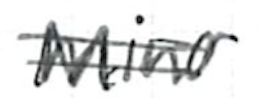
Text: Minor
Cross-out: double-line
Writing tool: ballpoint